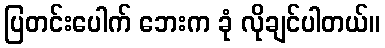
ပြတင်းပေါက် ဘေးက ခုံ လိုချင်ပါတယ်။